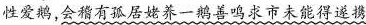
性爱鹅,会稽有孤居姥养一鹅善鸣求市未能得遂携